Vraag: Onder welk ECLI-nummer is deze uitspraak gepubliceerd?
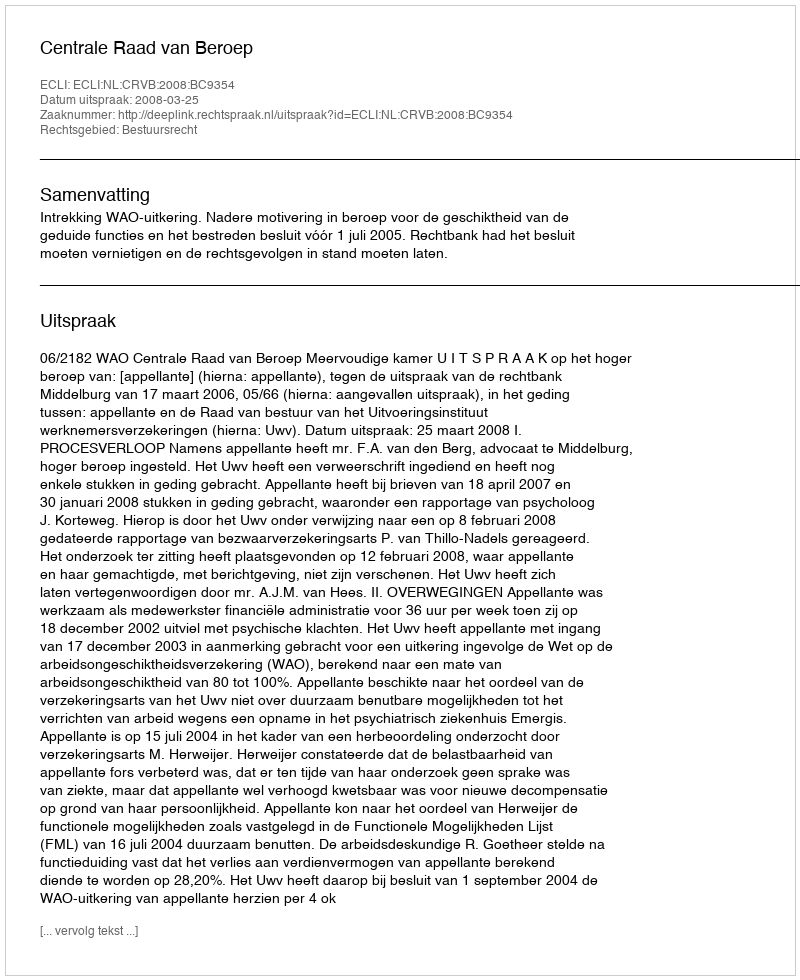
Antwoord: ECLI:NL:CRVB:2008:BC9354